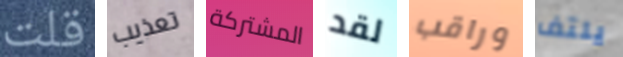
قلت تعذيب المشتركة لقد وراقب يلتف